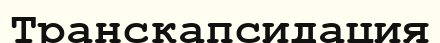
Транскапсидация